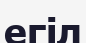
егіл